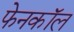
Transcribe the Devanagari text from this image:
फेनकॉल